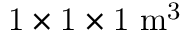
\mathrm { 1 \times 1 \times 1 \ m ^ { 3 } }